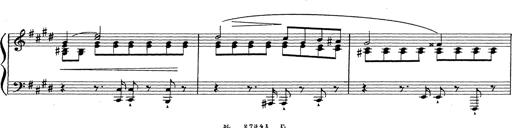
Title: Grosses Konzertsolo
Composer: Franz Liszt